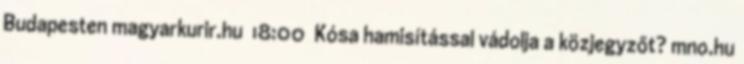
Budapesten magyarkurir.hu 18:00 Kósa hamisítással vádolja a közjegyzőt? mno.hu